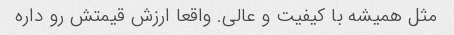
مثل همیشه با کیفیت و عالی. واقعا ارزش قیمتش رو داره